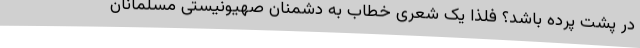
در پشت پرده باشد؟ فلذا یک شعری خطاب به دشمنان صهیونیستی مسلمانان